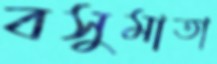
বসুমাতা